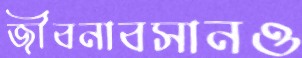
জীবনাবসানও